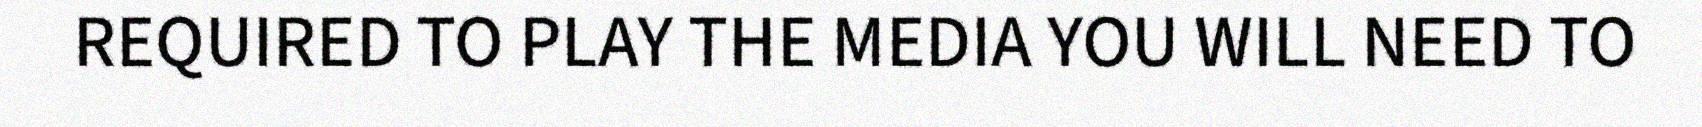
REQUIRED TO PLAY THE MEDIA YOU WILL NEED TO